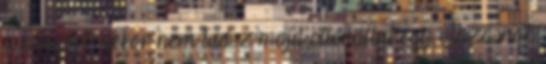
a könyvet, akkor nem tudsz majd ellenállni egy utazásnak